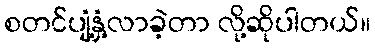
စတင်ပျံ့နှံ့လာခဲ့တာ လို့ဆိုပါတယ်။